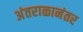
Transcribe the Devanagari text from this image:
अंतराळानंतर